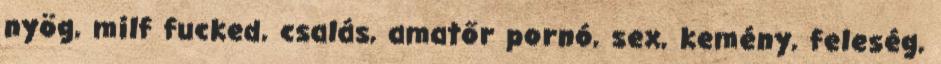
nyög, milf fucked, csalás, amatőr pornó, sex, kemény, feleség,